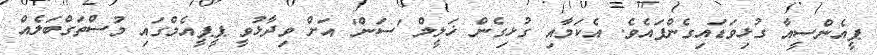
ޕީއެންސީއާ ގުޅިވަޑައިގެންފައެވެ. އެކަމާއި ގުޅިގެން ޚަލީލް 'ސަން' އަށް ވިދާޅުވީ ޕީޕީއެމްގައި މުސްތަގްބަލެއް